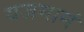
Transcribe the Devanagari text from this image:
यजमानं